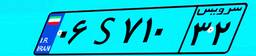
۱۳S۲۱۱۲۰